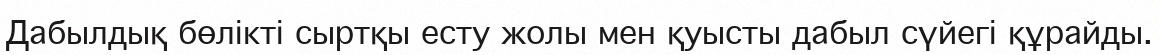
Дабылдық бөлікті сыртқы есту жолы мен қуысты дабыл сүйегі құрайды.